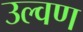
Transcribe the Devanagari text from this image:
उल्वण